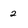
Character: 2